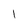
Character: l